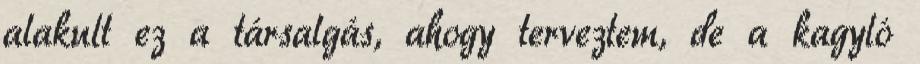
alakult ez a társalgás, ahogy terveztem, de a kagyló